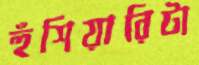
হুঁশিয়ারিটা